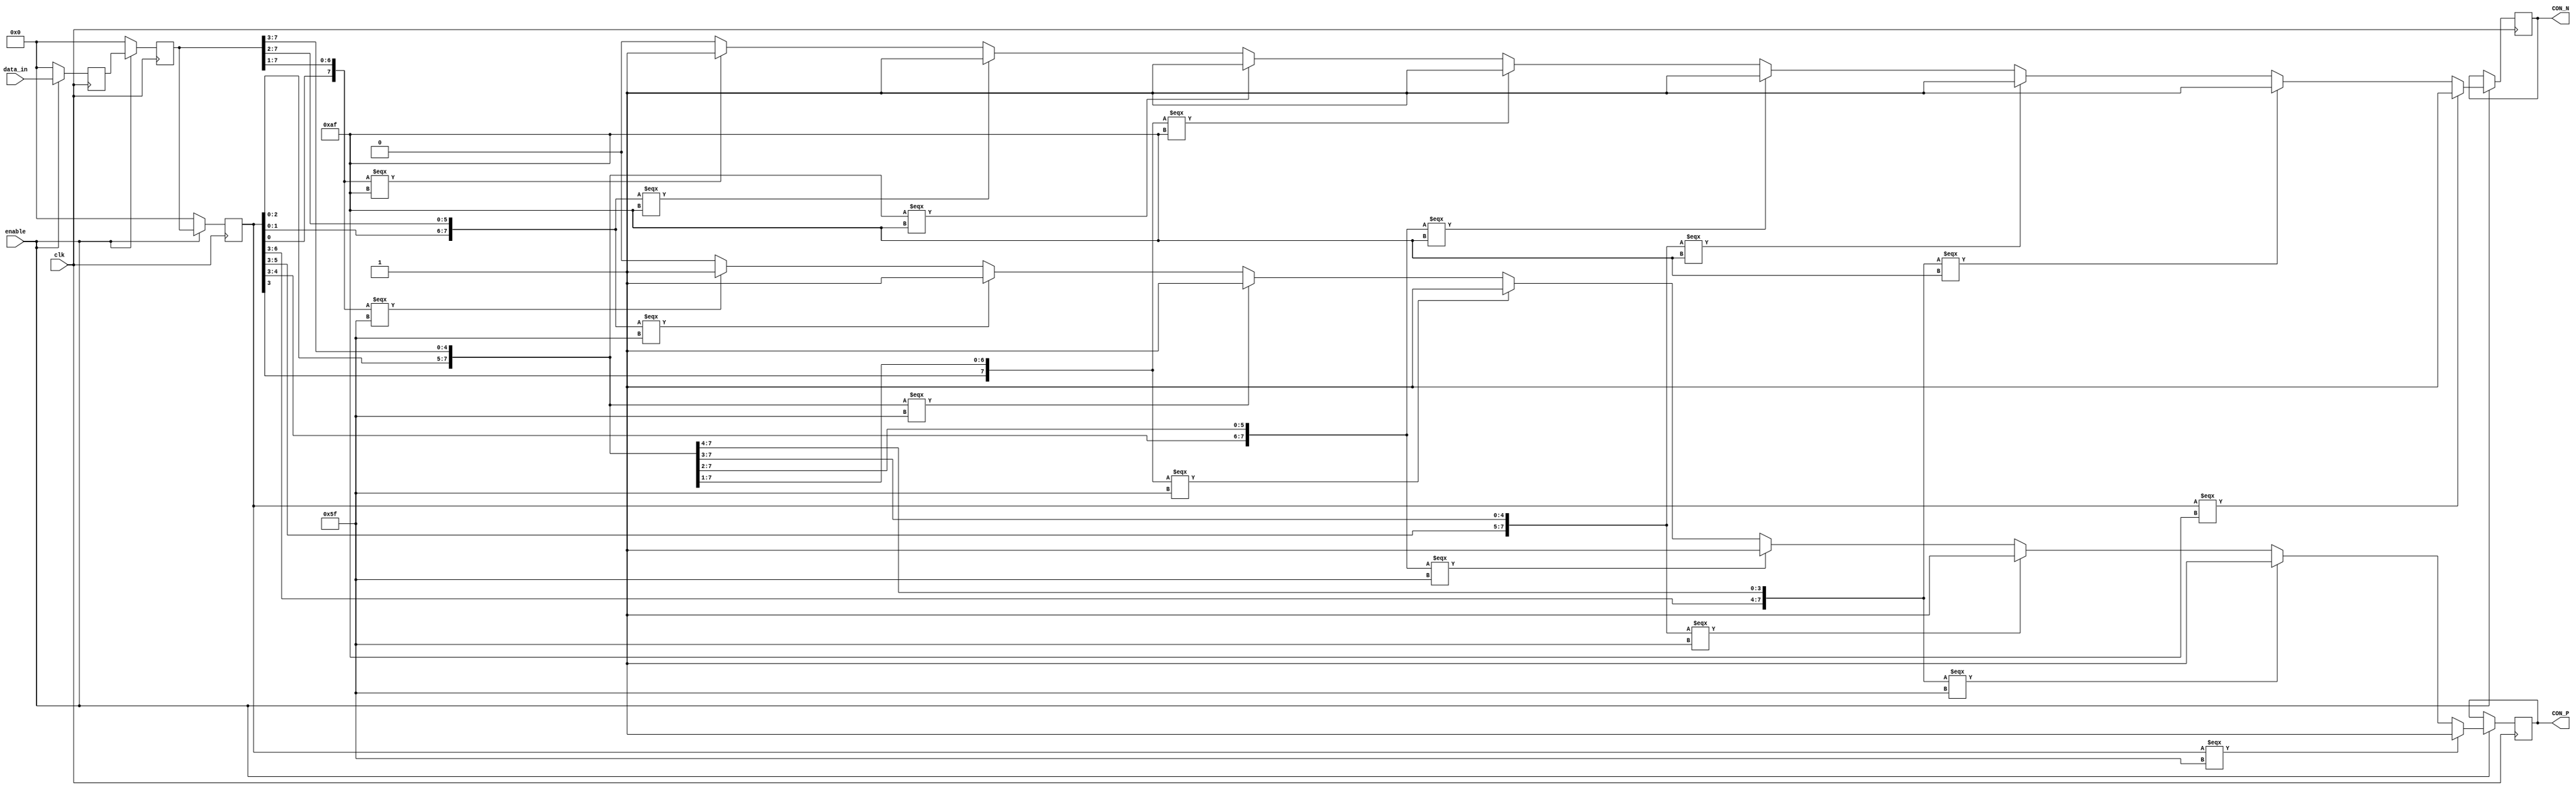
module RCB_FRL_CMD_shift_MSG_CON
(
	data_in,
	clk, 
	enable, 
	CON_P,
	CON_N
	);
   parameter lock_pattern = 8'hff	;   
   parameter pack_size = 100;             
   parameter word_size = 8;          
   input     clk;                      
   input     enable;                 
   input [7:0] data_in;           
		output CON_P, CON_N;
   reg [7:0] 	data_reg1;              
   reg [7:0] 	data_reg2;              
   reg [7:0] 	data_reg3;              
   reg [2:0] 	shift;                  
   reg 		    lock;                   
   reg [7:0] 	byte_count;             
   reg [2:0]    front_count;
   reg [7:0] 	data_out_tmp;           
   reg 	    	data_valid;
   reg [7:0] 	frame_length;      
   reg [7:0] 	data_out;               
	reg			data_correct;
	reg			data_wrong;
	reg [39:0]  data_all;
   wire 	end_pack = pack_size;   
	reg CON_P, CON_N;
   always @(negedge clk)   
     begin
		if (!enable)
		begin
    	      data_out_tmp <= 8'h00;    
		end
		else
		begin
    	    case(shift)               
		    	3'h0 : data_out_tmp <= data_reg3;
		    	3'h1 : data_out_tmp <= ({data_reg3[6:0],data_reg2[7]});
		    	3'h2 : data_out_tmp <= ({data_reg3[5:0],data_reg2[7:6]});
		    	3'h3 : data_out_tmp <= ({data_reg3[4:0],data_reg2[7:5]});
		    	3'h4 : data_out_tmp <= ({data_reg3[3:0],data_reg2[7:4]});
		    	3'h5 : data_out_tmp <= ({data_reg3[2:0],data_reg2[7:3]});
		    	3'h6 : data_out_tmp <= ({data_reg3[1:0],data_reg2[7:2]});
		    	3'h7 : data_out_tmp <= ({data_reg3[0],data_reg2[7:1]});
		    	default : data_out_tmp <= data_reg3;
	        endcase
		 end
	 end
   always @(negedge clk)         
    begin
		if(!enable) 
	  		begin
        	data_reg1 <= 8'h00;           
        	data_reg2 <= 8'h00;           
        	data_reg3 <= 8'h00;
	  	end
		else 
	 		begin
        	data_reg1 <= data_in;     
        	data_reg2 <= data_reg1;   
        	data_reg3 <= data_reg2;  
 	  		end
    end
  always @(negedge clk)          
     begin
		if(!enable)    
	  		begin
             lock <= 0;
             shift <= 0;
             data_out <= 8'h00;  
             data_valid <= 0;
				 frame_length <= 0;
	  		end
	 	else   
		begin
			if(data_reg3 === 8'h5f ) 
		       				begin
		                      CON_P <= 1'b1;
		       				end
		   				else if({data_reg3[6:0],data_reg2[7]} === 8'h5f ) 
               				begin
			     			 CON_P <= 1'b1;  
               				end
		    			else if({data_reg3[5:0],data_reg2[7:6]} === 8'h5f ) 
			     			begin
			       			 CON_P <= 1'b1;
			     			end
            			else if({data_reg3[4:0],data_reg2[7:5]} === 8'h5f ) 
			    			begin
			       			 CON_P <= 1'b1;
			    		    end
						else if({data_reg3[3:0],data_reg2[7:4]} === 8'h5f ) 
			    			begin
                    		 CON_P <= 1'b1;
			    			end
			 			else if({data_reg3[2:0],data_reg2[7:3]} === 8'h5f )
                  			begin
				    	 CON_P <= 1'b1;
                  		    end
			 			else if({data_reg3[1:0],data_reg2[7:2]} === 8'h5f) 
				   			begin
				    		 CON_P <= 1'b1;
				   		    end
			 			else if({data_reg3[0],data_reg2[7:1]} === 8'h5f)    
				  			begin
				     		 CON_P <= 1'b1;
			  			    end
							 else begin
							 CON_P <= 1'b0;
							end
			   				if(data_reg3 === 8'haf ) 
		       				begin
		                      CON_N <= 1'b1;
		       				end
		   				else if({data_reg3[6:0],data_reg2[7]} === 8'haf ) 
               				begin
			     			 CON_N <= 1'b1;  
               				end
		    			else if({data_reg3[5:0],data_reg2[7:6]} === 8'haf ) 
			     			begin
			       			 CON_N <= 1'b1;
			     			end
            			else if({data_reg3[4:0],data_reg2[7:5]} === 8'haf ) 
			    			begin
			       			 CON_N <= 1'b1;
			    		    end
						else if({data_reg3[3:0],data_reg2[7:4]} === 8'haf ) 
			    			begin
                    		 CON_N <= 1'b1;
			    			end
			 			else if({data_reg3[2:0],data_reg2[7:3]} === 8'haf )
                  			begin
				    	 CON_N <= 1'b1;
                  		    end
			 			else if({data_reg3[1:0],data_reg2[7:2]} === 8'haf )
				   			begin
				    		 CON_N <= 1'b1;
				   		    end
			 			else if({data_reg3[0],data_reg2[7:1]} === 8'haf    )
				  			begin
				     		 CON_N <= 1'b1;
			  			    end
							 else begin
							 CON_N <= 1'b0;
							end
	         		end    
	end
endmodule